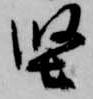
堅